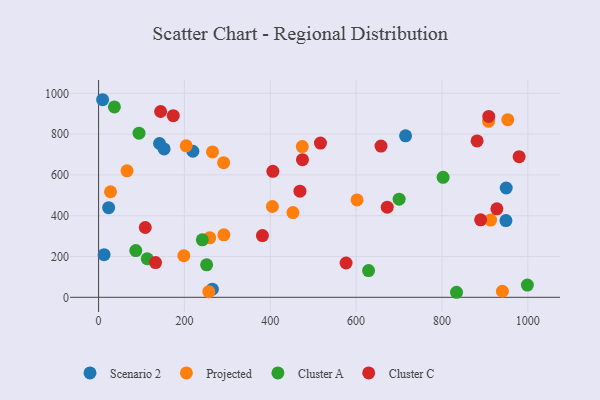
{"axis": {"x": "Price", "y": "Fuel Efficiency"}, "legend": ["Cluster A", "Cluster C", "Projected", "Scenario 2"], "data": [{"x": "142.0", "y": 754.1, "type": "Scenario 2"}, {"x": "152.7", "y": 727.6, "type": "Scenario 2"}, {"x": "9.4", "y": 968.6, "type": "Scenario 2"}, {"x": "12.8", "y": 209.0, "type": "Scenario 2"}, {"x": "949.7", "y": 535.8, "type": "Scenario 2"}, {"x": "949.0", "y": 376.0, "type": "Scenario 2"}, {"x": "23.4", "y": 439.2, "type": "Scenario 2"}, {"x": "265.0", "y": 39.7, "type": "Scenario 2"}, {"x": "715.2", "y": 791.7, "type": "Scenario 2"}, {"x": "219.7", "y": 716.1, "type": "Scenario 2"}, {"x": "940.8", "y": 29.8, "type": "Projected"}, {"x": "204.1", "y": 742.8, "type": "Projected"}, {"x": "198.6", "y": 204.2, "type": "Projected"}, {"x": "291.9", "y": 306.1, "type": "Projected"}, {"x": "908.5", "y": 862.7, "type": "Projected"}, {"x": "953.3", "y": 871.0, "type": "Projected"}, {"x": "291.4", "y": 660.2, "type": "Projected"}, {"x": "265.3", "y": 712.7, "type": "Projected"}, {"x": "913.3", "y": 378.7, "type": "Projected"}, {"x": "66.2", "y": 620.1, "type": "Projected"}, {"x": "452.8", "y": 415.5, "type": "Projected"}, {"x": "474.5", "y": 739.1, "type": "Projected"}, {"x": "259.0", "y": 291.7, "type": "Projected"}, {"x": "256.8", "y": 27.4, "type": "Projected"}, {"x": "27.7", "y": 517.5, "type": "Projected"}, {"x": "404.9", "y": 445.1, "type": "Projected"}, {"x": "602.2", "y": 477.3, "type": "Projected"}, {"x": "94.2", "y": 804.5, "type": "Cluster A"}, {"x": "113.3", "y": 189.0, "type": "Cluster A"}, {"x": "700.2", "y": 480.9, "type": "Cluster A"}, {"x": "86.7", "y": 229.3, "type": "Cluster A"}, {"x": "629.0", "y": 130.9, "type": "Cluster A"}, {"x": "251.7", "y": 159.5, "type": "Cluster A"}, {"x": "802.6", "y": 588.2, "type": "Cluster A"}, {"x": "999.0", "y": 59.9, "type": "Cluster A"}, {"x": "36.8", "y": 933.4, "type": "Cluster A"}, {"x": "241.7", "y": 281.6, "type": "Cluster A"}, {"x": "833.9", "y": 24.7, "type": "Cluster A"}, {"x": "881.8", "y": 766.5, "type": "Cluster C"}, {"x": "890.1", "y": 380.1, "type": "Cluster C"}, {"x": "672.5", "y": 442.1, "type": "Cluster C"}, {"x": "979.8", "y": 689.5, "type": "Cluster C"}, {"x": "381.7", "y": 302.6, "type": "Cluster C"}, {"x": "475.0", "y": 674.7, "type": "Cluster C"}, {"x": "174.0", "y": 890.2, "type": "Cluster C"}, {"x": "406.0", "y": 617.4, "type": "Cluster C"}, {"x": "927.9", "y": 433.9, "type": "Cluster C"}, {"x": "144.5", "y": 910.9, "type": "Cluster C"}, {"x": "469.1", "y": 520.5, "type": "Cluster C"}, {"x": "658.0", "y": 741.4, "type": "Cluster C"}, {"x": "516.9", "y": 756.0, "type": "Cluster C"}, {"x": "132.7", "y": 170.4, "type": "Cluster C"}, {"x": "909.0", "y": 886.8, "type": "Cluster C"}, {"x": "108.7", "y": 342.2, "type": "Cluster C"}, {"x": "576.6", "y": 168.2, "type": "Cluster C"}]}